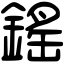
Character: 鎐